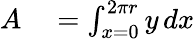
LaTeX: \begin{array}{rl}{A}&{{}=\int_{x=0}^{2\pi r}y\, dx}\end{array}